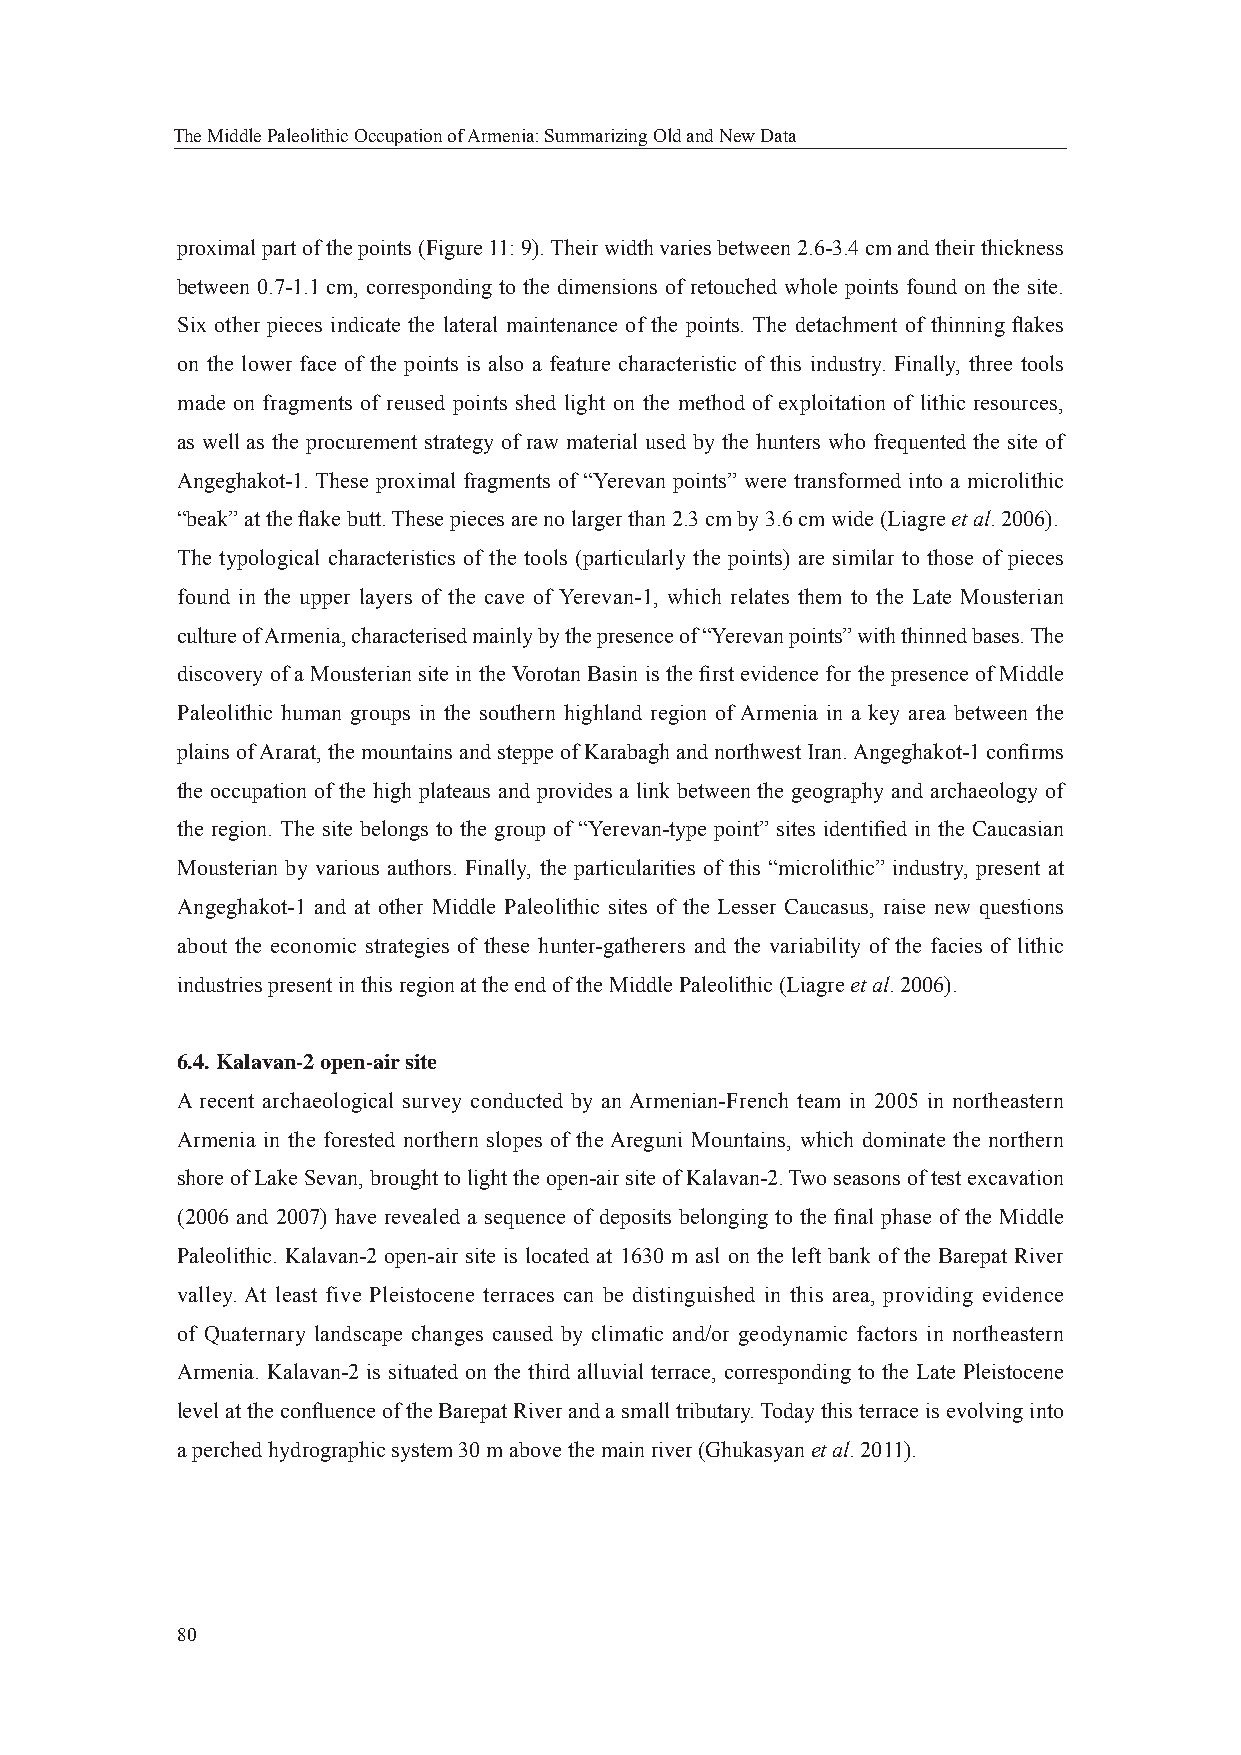
The Middle Paleolithic Occupation of Armenia: Summarizing Old and New Data
 proximal part of the points (Figure 11: 9). Their width varies between 2.6-3.4 cm and their thickness
 between 0.7-1.1 cm, corresponding to the dimensions of retouched whole points found on the site.
 Six other pieces indicate the lateral maintenance of the points. The detachment of thinning fl akes
 on the lower face of the points is also a feature characteristic of this industry. Finally, three tools
 made on fragments of reused points shed light on the method of exploitation of lithic resources,
 as well as the procurement strategy of raw material used by the hunters who frequented the site of
 Angeghakot-1. These proximal fragments of “Yerevan points” were transformed into a microlithic
 “beak” at the fl ake butt. These pieces are no larger than 2.3 cm by 3.6 cm wide (Liagre et al. 2006).
 The typological characteristics of the tools (particularly the points) are similar to those of pieces
 found in the upper layers of the cave of Yerevan-1, which relates them to the Late Mousterian
 culture of Armenia, characterised mainly by the presence of “Yerevan points” with thinned bases. The
 discovery of a Mousterian site in the Vorotan Basin is the fi rst evidence for the presence of Middle
 Paleolithic human groups in the southern highland region of Armenia in a key area between the
 plains of Ararat, the mountains and steppe of Karabagh and northwest Iran. Angeghakot-1 confi rms
 the occupation of the high plateaus and provides a link between the geography and archaeology of
 the region. The site belongs to the group of “Yerevan-type point” sites identifi ed in the Caucasian
 Mousterian by various authors. Finally, the particularities of this “microlithic” industry, present at
 Angeghakot-1 and at other Middle Paleolithic sites of the Lesser Caucasus, raise new questions
 about the economic strategies of these hunter-gatherers and the variability of the facies of lithic
 industries present in this region at the end of the Middle Paleolithic (Liagre et al. 2006).
 6.4. Kalavan-2 open-air site
 A recent archaeological survey conducted by an Armenian-French team in 2005 in northeastern
 Armenia in the forested northern slopes of the Areguni Mountains, which dominate the northern
 shore of Lake Sevan, brought to light the open-air site of Kalavan-2. Two seasons of test excavation
 (2006 and 2007) have revealed a sequence of deposits belonging to the fi nal phase of the Middle
 Paleolithic. Kalavan-2 open-air site is located at 1630 m asl on the left bank of the Barepat River
 valley. At least five Pleistocene terraces can be distinguished in this area, providing evidence
 of Quaternary landscape changes caused by climatic and/or geodynamic factors in northeastern
 Armenia. Kalavan-2 is situated on the third alluvial terrace, corresponding to the Late Pleistocene
 level at the confl uence of the Barepat River and a small tributary. Today this terrace is evolving into
 a perched hydrographic system 30 m above the main river (Ghukasyan et al. 2011).
 80